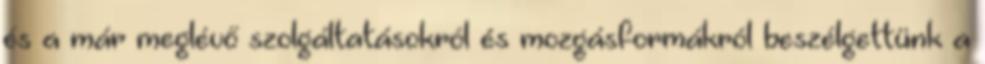
és a már meglévő szolgáltatásokról és mozgásformákról beszélgettünk a